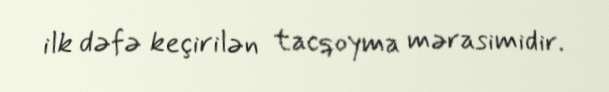
ilk dəfə keçirilən tacqoyma mərasimidir.